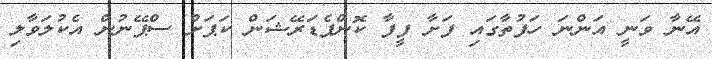
އޭނާ ވަނީ އަންނަ ހަފުތާގައި ފަށާ ފީފާ ކޮންފެޑަރޭޝަން ކަޕަށް ސްޕޭނުން އެކުލަވާލި